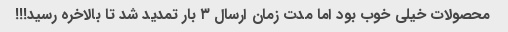
محصولات خیلی خوب بود اما مدت زمان ارسال ۳ بار تمدید شد تا بالاخره رسید!!!